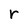
Character: r